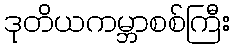
ဒုတိယကမ္ဘာစစ်ကြီး